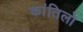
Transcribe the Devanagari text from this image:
कांतिलो